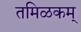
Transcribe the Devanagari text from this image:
तमिळकम्‌